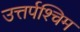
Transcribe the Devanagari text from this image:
उत्तर्पश्चिम